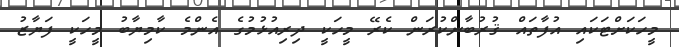
މީހަކަށްޓަކައި އުފާތައް ޤުރުބާންކުރަން ކެރޭ މީހަކީ ދިރިއުޅުމުގެ އެންމެ ކާމިޔާބު މީހަކީ ފަޔާޒު